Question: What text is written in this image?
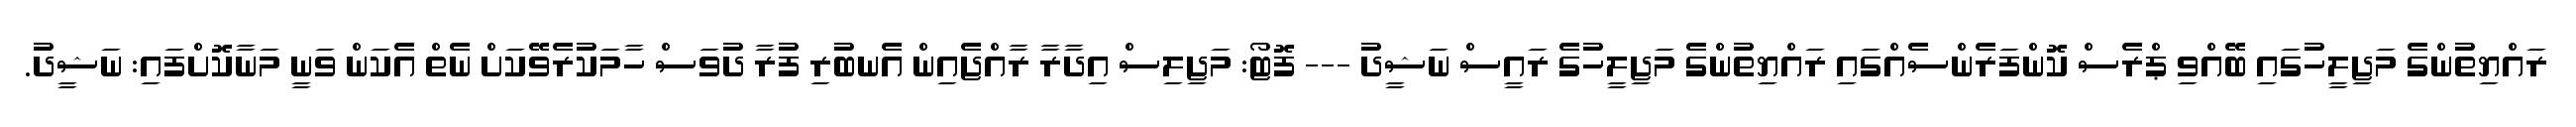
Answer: ރައްޔިތުންގެ މަޖިލީހުގައި ބޭއްވި ޕްރެސް ކޮންފަރެންސެއްގައި ރައްޔިތުންގެ މަޖިލީހުގެ ރައީސް ނަޝީދު --- ފޮޓޯ: މަޖިލިސް އިދާރާ ރާއްޖެއިން އެނބުރި ފުރާ ދުވަސް ހާމަކުރެވޭކަށް ނެތް އެކަން ވަނީ މަނާކޮށްފައި: ނަޝީދު.